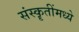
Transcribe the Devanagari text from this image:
संस्कॄतींमध्ये